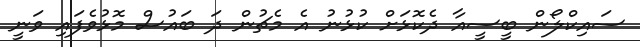
ސައިކްލޯން ބީސީއާ ދެކޮޅަށް ކުޅުނު އެ މެޗުން ދަ ބައުސް މޮޅުވެފައި ވަނީ